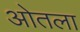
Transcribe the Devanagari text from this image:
ओतला